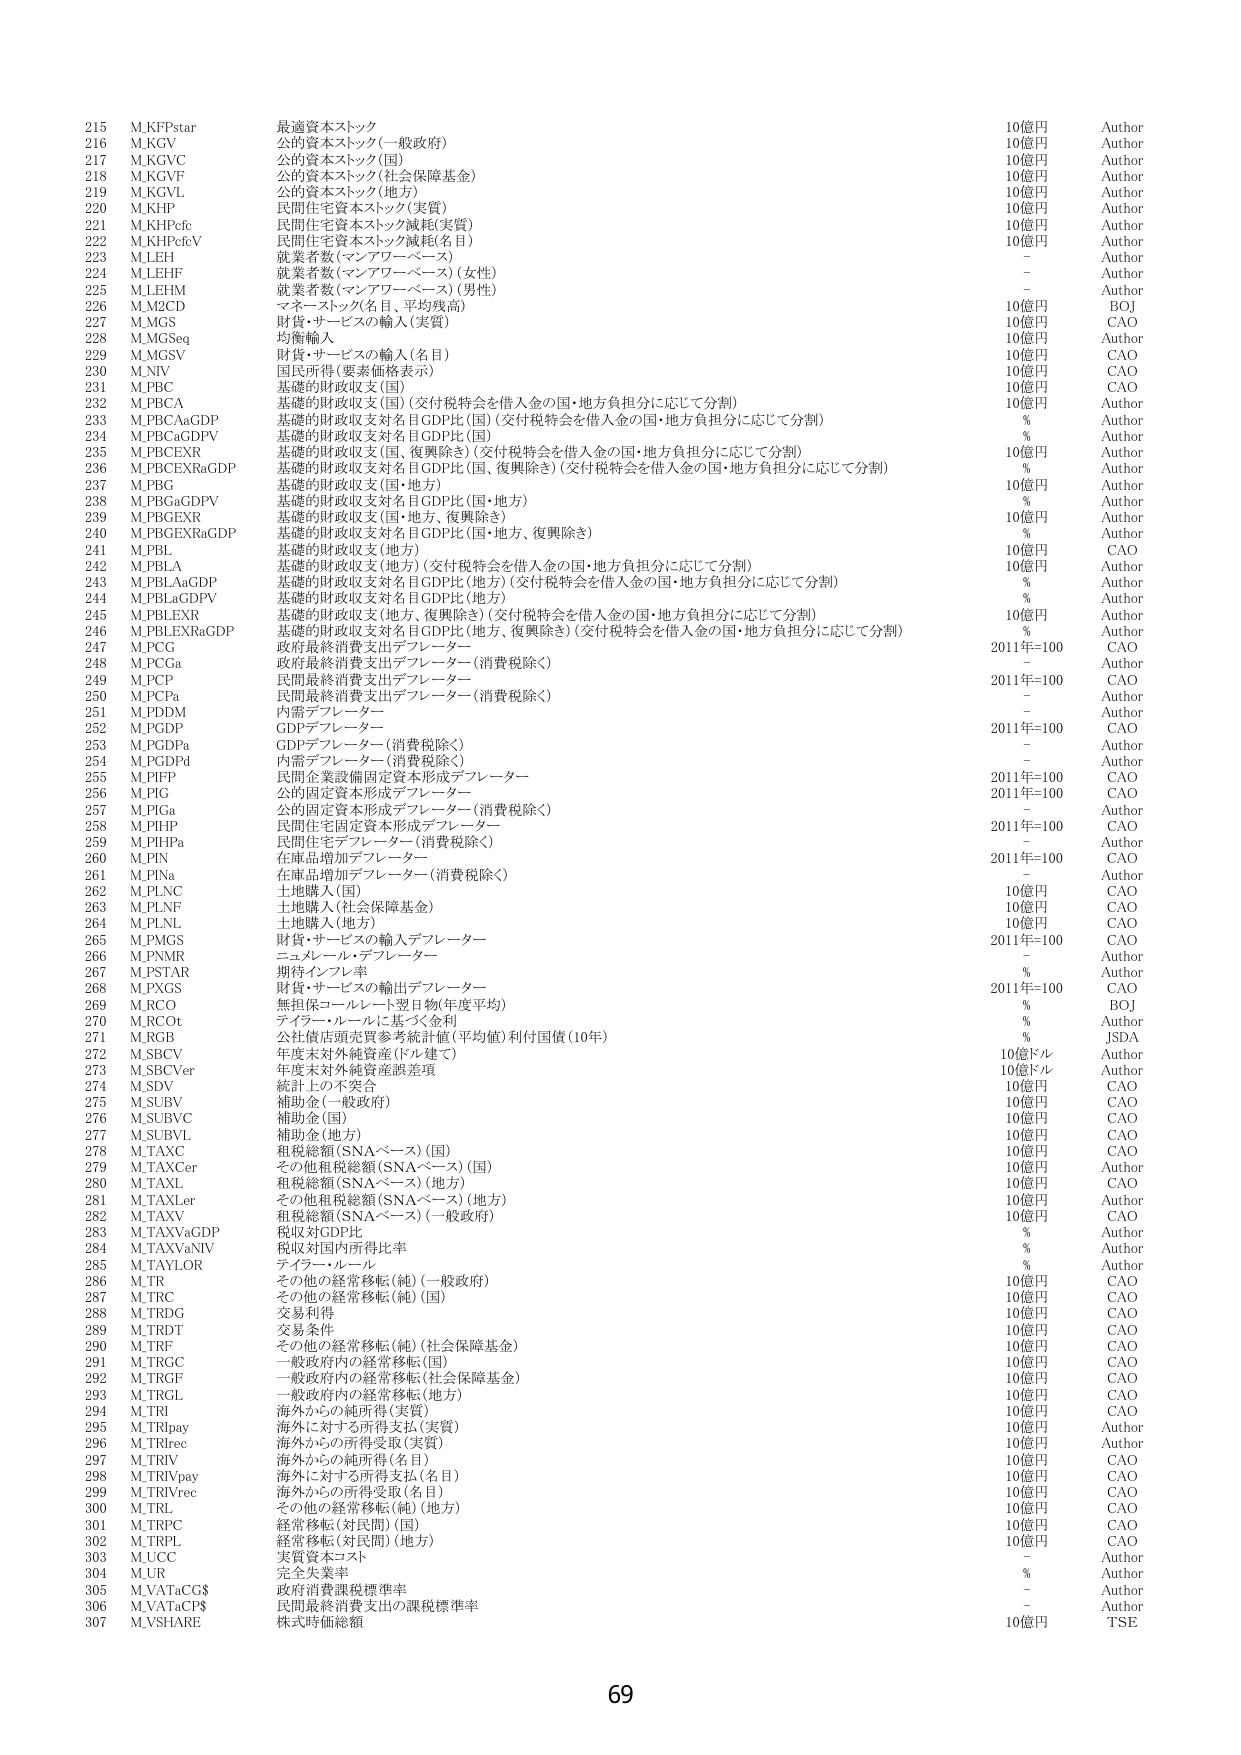
215 M.KFPstar 最適資本ストック 10億円 Author
216 M.KGV 公的資本ストック(一般政府) 10億円 Author
217 M.KGVC 公的資本ストック(国) 10億円 Author
218 M.KGVF 公的資本ストック(社会保障基金) 10億円 Author
219 M.KGVL 公的資本ストック(地方) 10億円 Author
220 M.KHP 民間住宅資本ストック(実質) 10億円 Author
221 M.KHPcfe 民間住宅資本ストック減耗(実質) 10億円 Author
222 M.KHPcfeV 民間住宅資本ストック減耗(名目) 10億円 Author
223 M.LEH 就業者数(マンアワーベース) - Author
224 M.LEHF 就業者数(マンアワーベース)(女性) - Author
225 M.LEHM 就業者数(マンアワーベース)(男性) - Author
226 M.M2CD マネーストック(名目、平均残高) 10億円 BOJ
227 M.MGS 財貨・サービスの輸入(実質) 10億円 CAO
228 M.MGSeq 均衡輸入 10億円 Author
229 M.MGSV 財貨・サービスの輸入(名目) 10億円 CAO
230 M.NIV 国民所得(要素価格表示) 10億円 CAO
231 M.PBC 基礎的財政収支(国) 10億円 CAO
232 M.PBCA 基礎的財政収支(国)(交付税特会を借入金の国・地方負担分に応じて分割) 10億円 Author
233 M.PBCAaGDP 基礎的財政収支対名目GDP比(国)(交付税特会を借入金の国・地方負担分に応じて分割) % Author
234 M.PBCaGDPV 基礎的財政収支対名目GDP比(国) % Author
235 M.PBCEXR 基礎的財政収支(国、復興除き)(交付税特会を借入金の国・地方負担分に応じて分割) 10億円 Author
236 M.PBCEXRaGDP 基礎的財政収支対名目GDP比(国、復興除き)(交付税特会を借入金の国・地方負担分に応じて分割) % Author
237 M.PBG 基礎的財政収支(国・地方) 10億円 Author
238 M.PBGaGDPV 基礎的財政収支対名目GDP比(国・地方) % Author
239 M.PBGEXR 基礎的財政収支(国・地方、復興除き) 10億円 Author
240 M.PBGEXRaGDP 基礎的財政収支対名目GDP比(国・地方、復興除き) % Author
241 M.PBL 基礎的財政収支(地方) 10億円 CAO
242 M.PBLA 基礎的財政収支(地方)(交付税特会を借入金の国・地方負担分に応じて分割) 10億円 Author
243 M.PBLAaGDP 基礎的財政収支対名目GDP比(地方)(交付税特会を借入金の国・地方負担分に応じて分割) % Author
244 M.PBLaGDPV 基礎的財政収支対名目GDP比(地方) % Author
245 M.PBLEXR 基礎的財政収支(地方、復興除き)(交付税特会を借入金の国・地方負担分に応じて分割) 10億円 Author
246 M.PBLEXRaGDP 基礎的財政収支対名目GDP比(地方、復興除き)(交付税特会を借入金の国・地方負担分に応じて分割) % Author
247 M.PCG 政府最終消費支出デフレーター 2011年=100 CAO
248 M.PCGa 政府最終消費支出デフレーター(消費税除く) - Author
249 M.PCP 民間最終消費支出デフレーター 2011年=100 CAO
250 M.PCPa 民間最終消費支出デフレーター(消費税除く) - Author
251 M.PDDM 内需デフレーター - Author
252 M.PGDP GDPデフレーター 2011年=100 CAO
253 M.PGDPa GDPデフレーター(消費税除く) - Author
254 M.PGDPd 内需デフレーター(消費税除く) - Author
255 M.PIFP 民間企業設備固定資本形成デフレーター 2011年=100 CAO
256 M.PIG 公的固定資本形成デフレーター 2011年=100 CAO
257 M.PIGa 公的固定資本形成デフレーター(消費税除く) - Author
258 M.PIHP 民間住宅固定資本形成デフレーター 2011年=100 CAO
259 M.PIHPa 民間住宅デフレーター(消費税除く) - Author
260 M.PIN 在庫品増加デフレーター 2011年=100 CAO
261 M.PINa 在庫品増加デフレーター(消費税除く) - Author
262 M.PLNC 土地購入(国) 10億円 CAO
263 M.PLNF 土地購入(社会保障基金) 10億円 CAO
264 M.PLNL 土地購入(地方) 10億円 CAO
265 M.PMGS 財貨・サービスの輸入デフレーター 2011年=100 CAO
266 M.PNMR ニュメール・デフレーター - Author
267 M.PSTAR 期待インフレ率 % Author
268 M.PXGS 財貨・サービスの輸出デフレーター 2011年=100 CAO
269 M.RCO 無担保コールレート翌日物(年度平均) % BOJ
270 M.RCOt デイリー・ルールに基づく金利 % Author
271 M.RGB 公社債店頭売買参考統計値(平均値)利付国債(10年) % JSDA
272 M.SBCV 年度末対外純資産(ドル建て) 10億ドル Author
273 M.SBCVVer 年度末対外純資産誤差項 10億ドル Author
274 M.SDV 統計上の不突合 10億円 CAO
275 M.SUBV 補助金(一般政府) 10億円 CAO
276 M.SUBVC 補助金(国) 10億円 CAO
277 M.SUBVL 補助金(地方) 10億円 CAO
278 M.TAXC 租税総額(SNAベース)(国) 10億円 CAO
279 M.TAXCer その他租税総額(SNAベース)(国) 10億円 Author
280 M.TAXL 租税総額(SNAベース)(地方) 10億円 CAO
281 M.TAXLer その他租税総額(SNAベース)(地方) 10億円 Author
282 M.TAXV 租税総額(SNAベース)(一般政府) 10億円 CAO
283 M.TAXVaGDP 税収対GDP比 % Author
284 M.TAXVaNIV 税収対国内所得比率 % Author
285 M.TAYLOR テイラー・ルール % Author
286 M.TR その他の経常移転(純)(一般政府) 10億円 CAO
287 M.TRC その他の経常移転(純)(国) 10億円 CAO
288 M.TRDG 交易所得 10億円 CAO
289 M.TRDT 交易条件 10億円 CAO
290 M.TRF その他の経常移転(純)(社会保障基金) 10億円 CAO
291 M.TRGC 一般政府内の経常移転(国) 10億円 CAO
292 M.TRGF 一般政府内の経常移転(社会保障基金) 10億円 CAO
293 M.TRGL 一般政府内の経常移転(地方) 10億円 CAO
294 M.TRI 海外からの純所得(実質) 10億円 CAO
295 M.TRipay 海外に対する所得支払(実質) 10億円 Author
296 M.TRirec 海外からの所得受取(実質) 10億円 Author
297 M.TRIV 海外からの純所得(名目) 10億円 CAO
298 M.TRIVpay 海外に対する所得支払(名目) 10億円 CAO
299 M.TRIVrec 海外からの所得受取(名目) 10億円 CAO
300 M.TRL その他の経常移転(純)(地方) 10億円 CAO
301 M.TRPC 経常移転(対民間)(国) 10億円 CAO
302 M.TRPL 経常移転(対民間)(地方) 10億円 CAO
303 M.UCC 実質資本コスト - Author
304 M.UR 完全失業率 % Author
305 M.VATaCG$ 政府消費課税標準率 - Author
306 M.VATaCPS 民間最終消費支出の課税標準率 - Author
307 M.VSHARE 株式時価総額 10億円 TSE

69